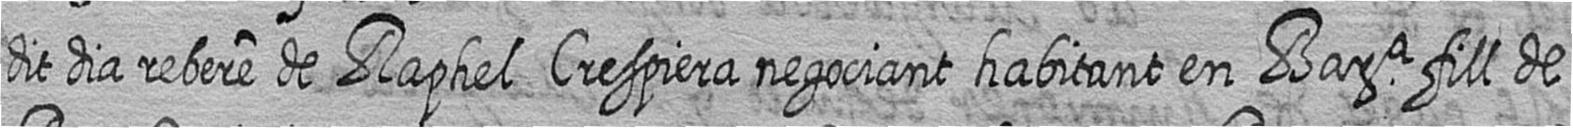
dit dia rebere de Raphel Crespiera negociant habitant en Bara fill de